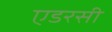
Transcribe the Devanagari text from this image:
एडरसी